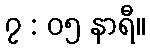
၇ : ၀၅ နာရီ။